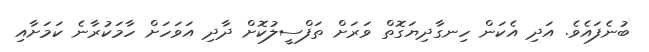
ބުނެފައެވެ. އަދި އެކަން ހިނގާދިޔަގޮތް ވަރަށް ތަފްސީލުކޮށް ދާދި އަވަހަށް ހާމަކުރާނެ ކަމަށާއި